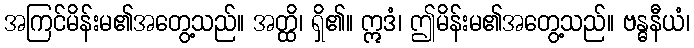
အကြင်မိန်းမ၏အတွေ့သည်။ အတ္ထိ၊ ရှိ၏။ ဣဒံ၊ ဤမိန်းမ၏အတွေ့သည်။ ဗန္ဓနီယံ၊